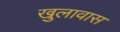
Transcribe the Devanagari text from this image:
खुलावास